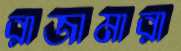
রাজামারা